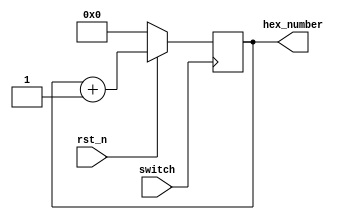
module gen_hex(
	input switch, rst_n,
	output reg [3:0] hex_number
);


always@(posedge switch) begin
	if(~rst_n) 
		hex_number <= 4'b0000;
	else
		hex_number <= hex_number+1'b0001;
end

endmodule